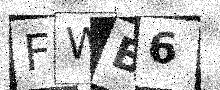
Text: FWB6